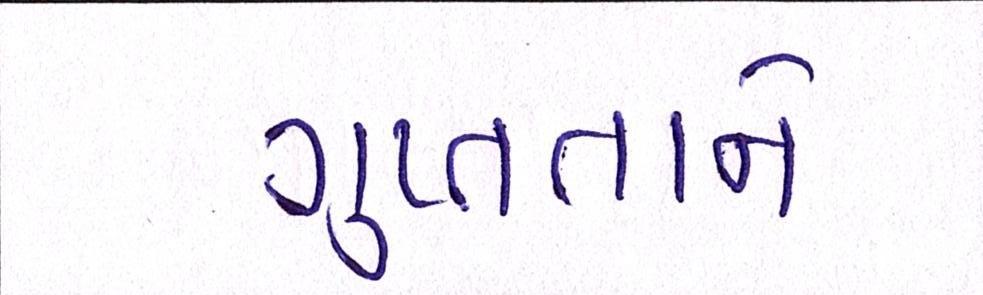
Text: ગુપ્તતાને